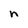
Character: n